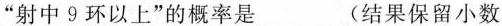
”射中9环以上”的概率是___(结果保留小数